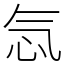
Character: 忥